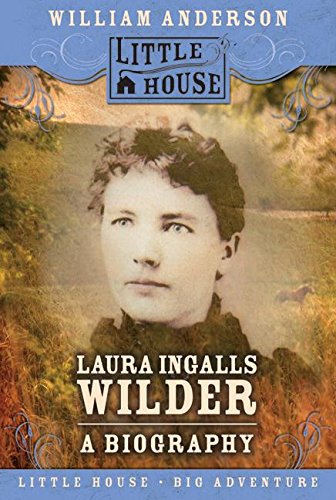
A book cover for Laura Ingalls Wilder: A Biography (Little House); William Anderson; Children's Books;